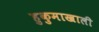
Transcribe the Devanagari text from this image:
हुकुमाखाली